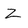
Character: Z